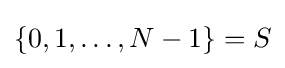
\{0,1,\dots ,N-1\}=S